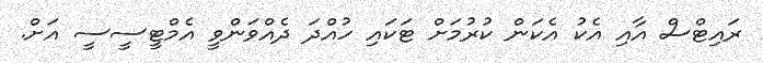
ރައިޓްސް އާއި އެކު އެކަން ކުރުމަށް ޓަކައި ހުއްދަ ދެއްވަންވީ އެމްޓީސީސީ އަށް.